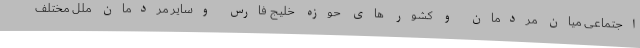
اجتماعی میان مردمان و کشور های حوزه خلیج فارس وسایر مردمان ملل مختلف